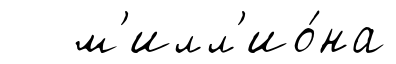
м'илл'ио́на